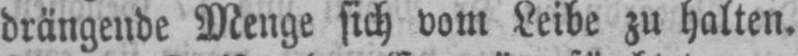
drängende Menge sich vom Leibe zu halten.